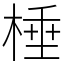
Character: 棰